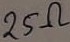
Text: 25Ω